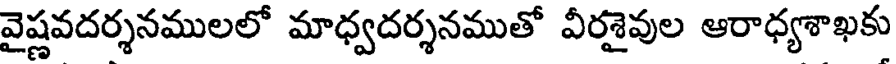
వైష్ణవదర్శనములలో మాధ్వదర్శనముతో వీరశైవుల ఆరాధ్యశాఖకు